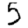
Digit: 5